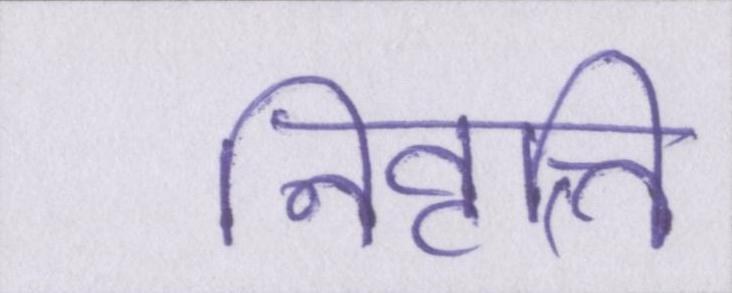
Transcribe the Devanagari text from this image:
निवृत्ति